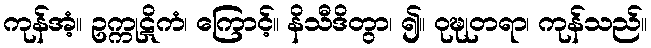
ကုန်အံ့။ ဥက္ကုဋိကံ၊ ကြောင့်။ နိသီဒိတွာ၊ ၍။ ဝုဍ္ဎုတရာ၊ ကုန်သည်။